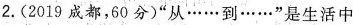
2.(2019成都，60分)”从……到……”是生活中